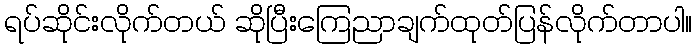
ရပ်ဆိုင်းလိုက်တယ် ဆိုပြီးကြေညာချက်ထုတ်ပြန်လိုက်တာပါ။